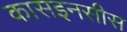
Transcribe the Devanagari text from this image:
कासइनसीस